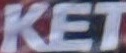
KET